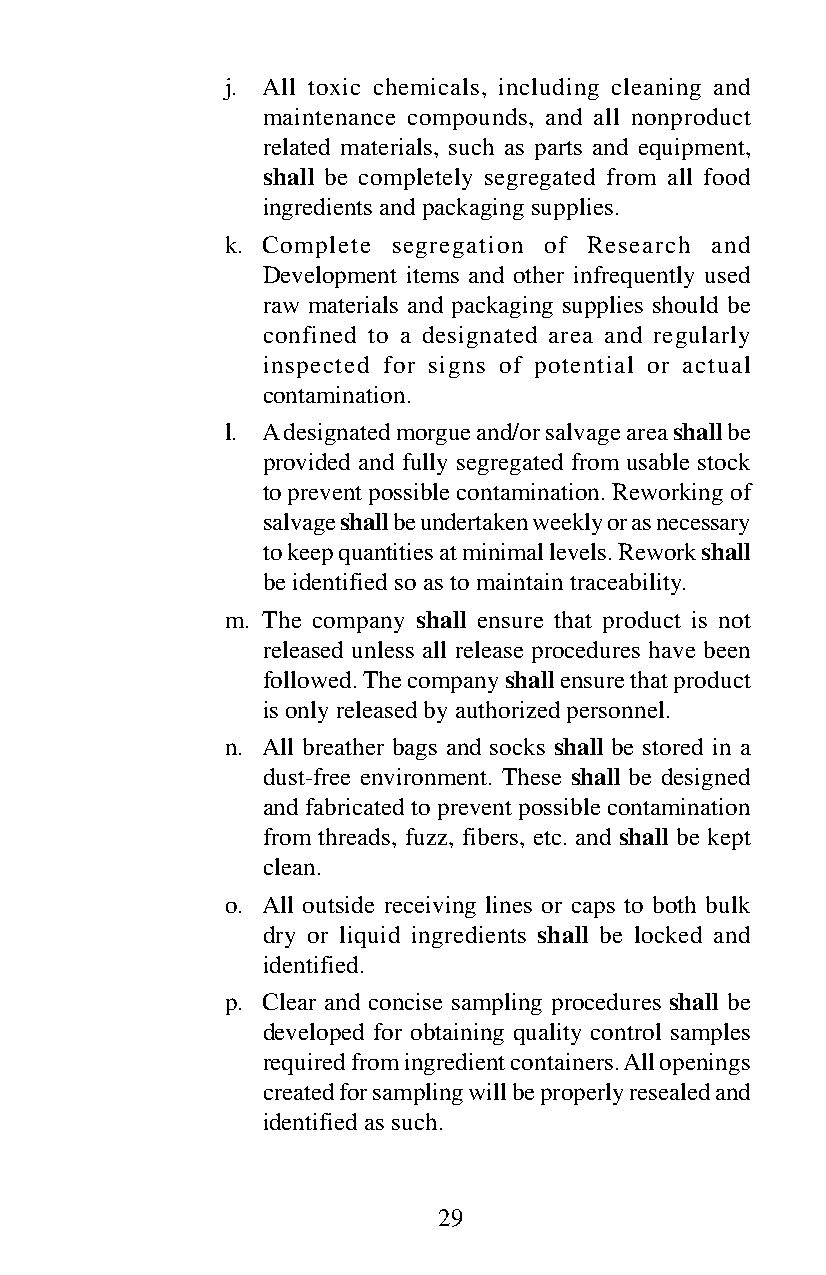
j. All toxic chemicals, including cleaning and
 maintenance compounds, and all nonproduct
 related materials, such as parts and equipment,
 shall be completely segregated from all food
 ingredients and packaging supplies.
 k. Complete segregation of Research and
 Development items and other infrequently used
 raw materials and packaging supplies should be
 confined to a designated area and regularly
 inspected for signs of potential or actual
 contamination.
 l. A designated morgue and/or salvage area shall be
 provided and fully segregated from usable stock
 to prevent possible contamination. Reworking of
 salvage shall be undertaken weekly or as necessary
 to keep quantities at minimal levels. Rework shall
 be identified so as to maintain traceability.
 m. The company shall ensure that product is not
 released unless all release procedures have been
 followed. The company shall ensure that product
 is only released by authorized personnel.
 n. All breather bags and socks shall be stored in a
 dust-free environment. These shall be designed
 and fabricated to prevent possible contamination
 from threads, fuzz, fibers, etc. and shall be kept
 clean.
 o. All outside receiving lines or caps to both bulk
 dry or liquid ingredients shall be locked and
 identified.
 p. Clear and concise sampling procedures shall be
 developed for obtaining quality control samples
 required from ingredient containers. All openings
 created for sampling will be properly resealed and
 identified as such.
 29